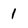
Character: 1